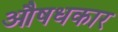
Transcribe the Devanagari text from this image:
औषधकार